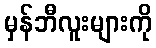
မှန်ဘီလူးများကို